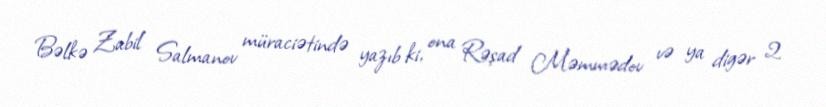
Bəlkə Zabil Salmanov müraciətində yazıb ki, ona Rəşad Məmmədov və ya digər 2